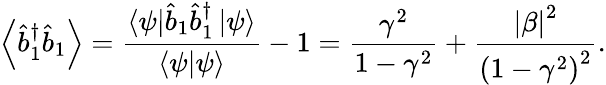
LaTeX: \left\langle\hat{b}_{1}^{\dagger}\hat{b}_{1}\right\rangle=\frac{\left\langle\psi\right\vert\hat{b}_{1}\hat{b}_{1}^{\dagger}\left\vert\psi\right\rangle}{\left\langle\psi|\psi\right\rangle}-1=\frac{\gamma^{2}}{1-\gamma^{2}}+\frac{\left\vert\beta\right\vert^{2}}{\left(1-\gamma^{2}\right)^{2}}.